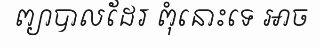
ព្យាបាលដែរ ពុំនោះទេ អាច